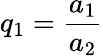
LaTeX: q_{1}=\frac{a_{1}}{a_{2}}